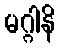
မဂ္ဂါနိ